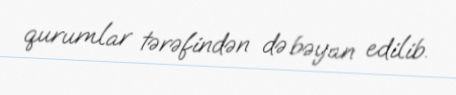
qurumlar tərəfindən də bəyan edilib.